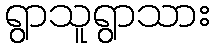
ရွာသူရွာသား